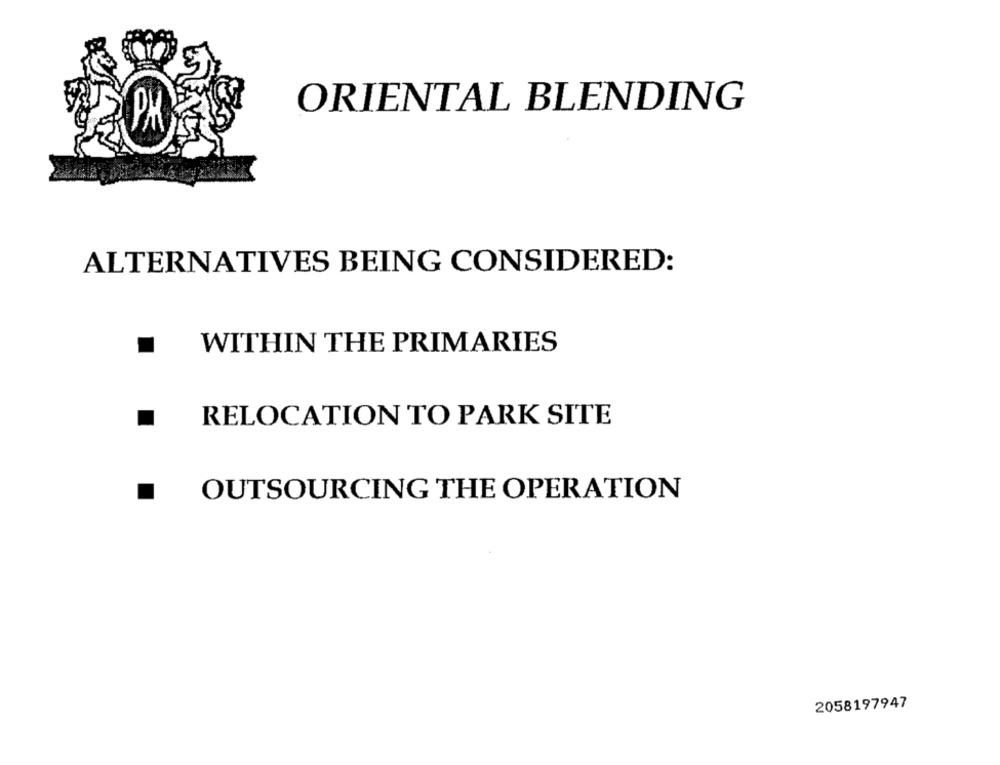
ORIENTAL BLENDING
ALTERNATIVES BEING CONSIDERED:
WITHIN THE PRIMARIES
RELOCATION TO PARK SITE
OUTSOURCING THE OPERATION
2058197947